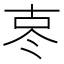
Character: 𪞟